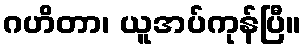
ဂဟိတာ၊ ယူအပ်ကုန်ပြီ။